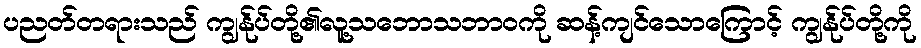
ပညတ်တရားသည် ကျွန်ုပ်တို့၏လူ့သဘောသဘာဝကို ဆန့်ကျင်သောကြောင့် ကျွန်ုပ်တို့ကို